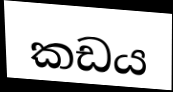
කඩය